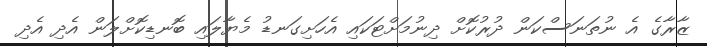
ޒާރާގެ އެ ނުތަނަސްކަން ދުރުކޮށް ދިނުމަށްޓަކައި އެހަށިގަނޑު މެޔާލައި ބޮނޑިކޮށްލަން އެދި އެދި